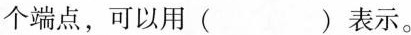
个端点，可以用()表示。